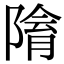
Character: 𨻔